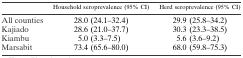
<table><thead><tr><td></td><td><b>Household seroprevalence (95% CI)</b></td><td><b>Herd seroprevalence (95% CI)</b></td></tr></thead><tbody><tr><td>All counties</td><td>28.0 (24.1–32.4)</td><td>29.9 (25.8–34.2)</td></tr><tr><td>Kajiado</td><td>28.6 (21.0–37.7)</td><td>30.3 (23.3–38.5)</td></tr><tr><td>Kiambu</td><td>5.0 (3.3–7.5)</td><td>5.6 (3.6–9.2)</td></tr><tr><td>Marsabit</td><td>73.4 (65.6–80.0)</td><td>68.0 (59.8–75.3)</td></tr></tbody></table>